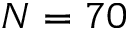
N = 7 0